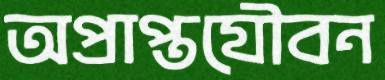
অপ্রাপ্তযৌবন